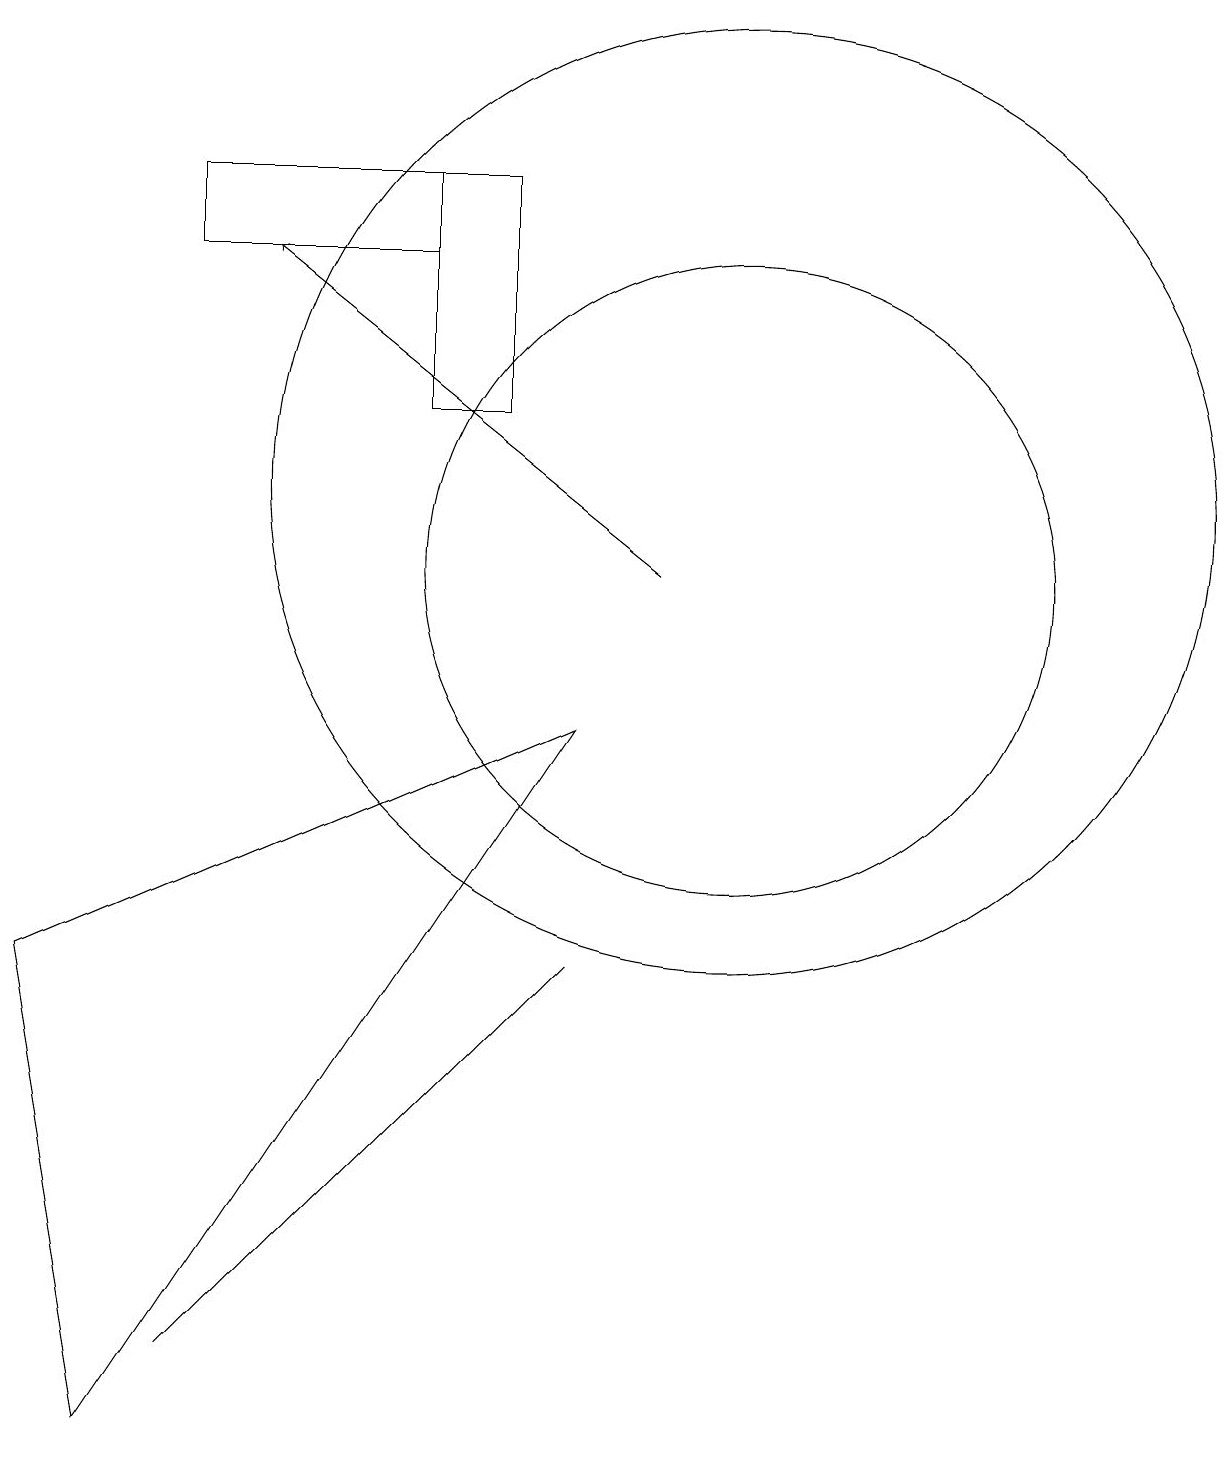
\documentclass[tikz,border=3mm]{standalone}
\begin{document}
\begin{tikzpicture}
\draw (8,9) -- (2,0) -- (1,6) -- cycle;
\draw (10,12) circle (6);
\draw (6,13) rectangle (7,16);
\draw (10,11) circle (4);
\draw (6,15) rectangle (3,16);
\draw[->] (9,11) -- (4,15);
\draw (8,6) -- (8,6) -- (3,1) -- cycle;
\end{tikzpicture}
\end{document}